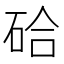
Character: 硆